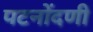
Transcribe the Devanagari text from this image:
पटनोंदणी